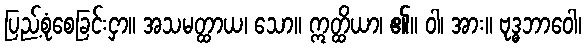
ပြည့်စုံစေခြင်းငှာ။ အသမတ္ထာယ၊ သော။ ဣတ္ထိယာ၊ ၏။ ဝါ၊ အား။ ဗုဒ္ဓဘာဝေါ၊